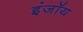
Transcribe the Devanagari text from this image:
इंजॉय